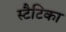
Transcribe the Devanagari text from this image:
स्टैटिका